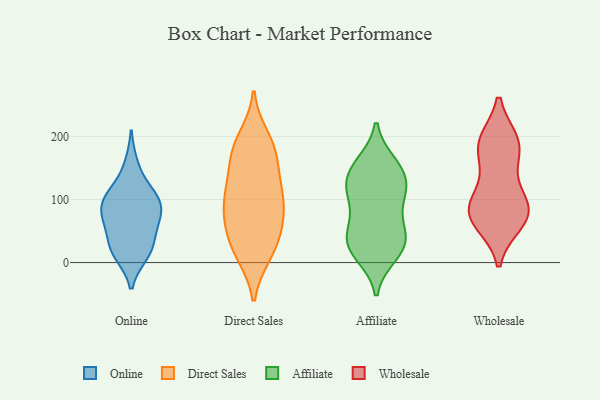
{"axis": {"x": "Satisfaction Score", "y": "Value"}, "legend": ["Affiliate", "Direct Sales", "Online", "Wholesale"], "data": [{"x": "", "y": 109, "type": "Online"}, {"x": "", "y": 68, "type": "Online"}, {"x": "", "y": 33, "type": "Online"}, {"x": "", "y": 18, "type": "Online"}, {"x": "", "y": 13, "type": "Online"}, {"x": "", "y": 155, "type": "Online"}, {"x": "", "y": 20, "type": "Online"}, {"x": "", "y": 89, "type": "Online"}, {"x": "", "y": 71, "type": "Online"}, {"x": "", "y": 61, "type": "Online"}, {"x": "", "y": 87, "type": "Online"}, {"x": "", "y": 110, "type": "Online"}, {"x": "", "y": 103, "type": "Online"}, {"x": "", "y": 188, "type": "Direct Sales"}, {"x": "", "y": 198, "type": "Direct Sales"}, {"x": "", "y": 97, "type": "Direct Sales"}, {"x": "", "y": 178, "type": "Direct Sales"}, {"x": "", "y": 62, "type": "Direct Sales"}, {"x": "", "y": 64, "type": "Direct Sales"}, {"x": "", "y": 120, "type": "Direct Sales"}, {"x": "", "y": 135, "type": "Direct Sales"}, {"x": "", "y": 41, "type": "Direct Sales"}, {"x": "", "y": 19, "type": "Direct Sales"}, {"x": "", "y": 161, "type": "Direct Sales"}, {"x": "", "y": 13, "type": "Direct Sales"}, {"x": "", "y": 95, "type": "Direct Sales"}, {"x": "", "y": 58, "type": "Direct Sales"}, {"x": "", "y": 111, "type": "Direct Sales"}, {"x": "", "y": 174, "type": "Direct Sales"}, {"x": "", "y": 95, "type": "Direct Sales"}, {"x": "", "y": 13, "type": "Direct Sales"}, {"x": "", "y": 157, "type": "Affiliate"}, {"x": "", "y": 127, "type": "Affiliate"}, {"x": "", "y": 153, "type": "Affiliate"}, {"x": "", "y": 51, "type": "Affiliate"}, {"x": "", "y": 126, "type": "Affiliate"}, {"x": "", "y": 113, "type": "Affiliate"}, {"x": "", "y": 44, "type": "Affiliate"}, {"x": "", "y": 80, "type": "Affiliate"}, {"x": "", "y": 12, "type": "Affiliate"}, {"x": "", "y": 34, "type": "Affiliate"}, {"x": "", "y": 152, "type": "Affiliate"}, {"x": "", "y": 16, "type": "Affiliate"}, {"x": "", "y": 23, "type": "Affiliate"}, {"x": "", "y": 41, "type": "Affiliate"}, {"x": "", "y": 100, "type": "Affiliate"}, {"x": "", "y": 117, "type": "Affiliate"}, {"x": "", "y": 148, "type": "Wholesale"}, {"x": "", "y": 191, "type": "Wholesale"}, {"x": "", "y": 191, "type": "Wholesale"}, {"x": "", "y": 102, "type": "Wholesale"}, {"x": "", "y": 64, "type": "Wholesale"}, {"x": "", "y": 90, "type": "Wholesale"}, {"x": "", "y": 77, "type": "Wholesale"}, {"x": "", "y": 63, "type": "Wholesale"}, {"x": "", "y": 180, "type": "Wholesale"}, {"x": "", "y": 81, "type": "Wholesale"}, {"x": "", "y": 87, "type": "Wholesale"}, {"x": "", "y": 192, "type": "Wholesale"}]}